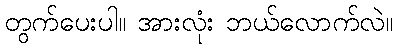
တွက်ပေးပါ။ အားလုံး ဘယ်လောက်လဲ။